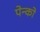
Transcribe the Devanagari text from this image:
पेन्को